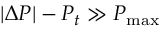
| \Delta P | - P _ { t } \gg P _ { \operatorname* { m a x } }